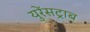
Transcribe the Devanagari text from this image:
युरेंसट्राब